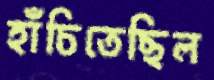
হাঁচিতেছিল